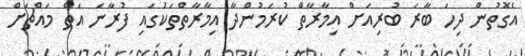
އެގޮތުން ދިހަ ބާރަ ބުރިއަށް އިމާރާތް ކުރަމުންދާ އިމާރާތްތަކުގައި ފުރާނަ އަތް މައްޗަށް